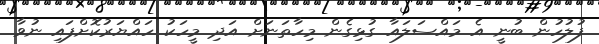
ފުލުހުން ބުނީ އެ މައްސަލައާ ގުޅިގެން މިހާތަނަށް އަދި މީހަކު ހައްޔަރުކޮށްފައި ނުވާ